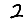
Digit: 2